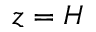
z = H